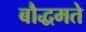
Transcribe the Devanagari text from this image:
बौद्धमते